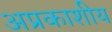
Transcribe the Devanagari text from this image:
अप्रकाशीय